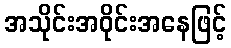
အသိုင်းအဝိုင်းအနေဖြင့်